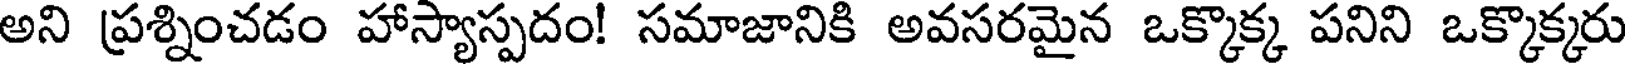
అని ప్రశ్నించడం హాస్యాస్పదం! సమాజానికి అవసరమైన ఒక్కొక్క పనిని ఒక్కొక్కరు